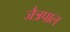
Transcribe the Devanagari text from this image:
जैत्रपाल